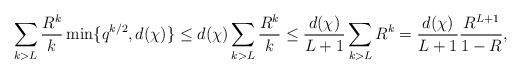
LaTeX: \begin{align*}\sum_{k > L} \frac{R^k}{k} \min\{q^{k/2}, d(\chi)\} \le d(\chi) \sum_{k>L} \frac{R^k}{k} \le \frac{d(\chi)}{L+1} \sum_{k>L} R^k = \frac{d(\chi)}{L+1} \frac{R^{L+1}}{1-R},\end{align*}